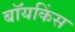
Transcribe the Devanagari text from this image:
बॉयकिंस